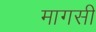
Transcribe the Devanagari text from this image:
मागसी